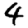
Digit: 4